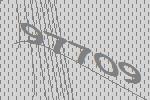
97709